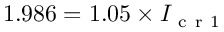
1 . 9 8 6 = 1 . 0 5 \times I _ { \mathrm { ~ c ~ r ~ 1 ~ } }